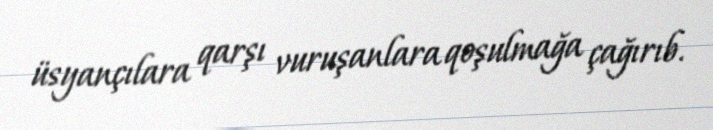
üsyançılara qarşı vuruşanlara qoşulmağa çağırıb.